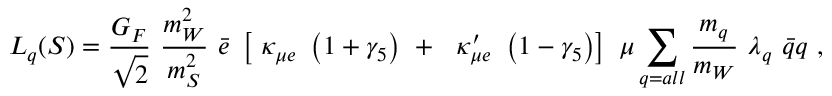
{ \cal L } _ { q } ( S ) = \frac { G _ { F } } { \sqrt 2 } ~ \frac { m _ { W } ^ { 2 } } { m _ { S } ^ { 2 } } ~ \bar { e } ~ \left[ ~ \kappa _ { \mu e } ~ \left( 1 + \gamma _ { 5 } \right) ~ + ~ ~ \kappa _ { \mu e } ^ { \prime } ~ \left( 1 - \gamma _ { 5 } \right) \right] ~ \mu \sum _ { \scriptstyle q = a l l } \frac { m _ { q } } { m _ { W } } ~ \lambda _ { q } ~ \bar { q } q \ ,